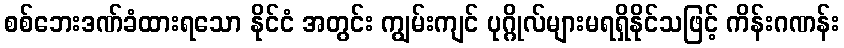
စစ်ဘေးဒဏ်ခံထားရသော နိုင်ငံ အတွင်း ကျွမ်းကျင် ပုဂ္ဂိုလ်များမရရှိနိုင်သဖြင့် ကိန်းဂဏန်း